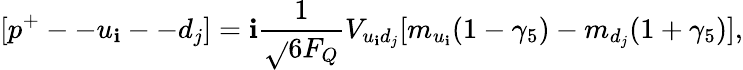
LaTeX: [p^{+}--u_{\mathbf{i}}--d_{j}]=\mathbf{i}\frac{{1}}{{\sqrt{}{{6}}F_{Q}}}V_{u_{\mathbf{i}}d_{j}}[m_{u_{\mathbf{i}}}(1-\gamma_{5})-m_{d_{j}}(1+\gamma_{5})],